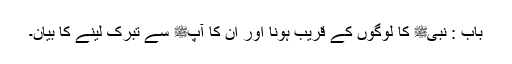
باب : نبیﷺ کا لوگوں کے قریب ہونا اور ان کا آپﷺ سے تبرک لینے کا بیان۔